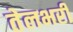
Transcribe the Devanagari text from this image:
तेलभरी